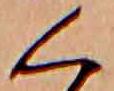
く